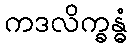
ကဒလိက္ခန္ဓံ